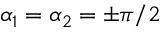
\alpha _ { 1 } = \alpha _ { 2 } = \pm \pi / 2